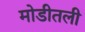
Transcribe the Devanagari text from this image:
मोडीतली